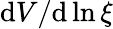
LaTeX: \mathrm{d}V/\mathrm{d}\ln\xi